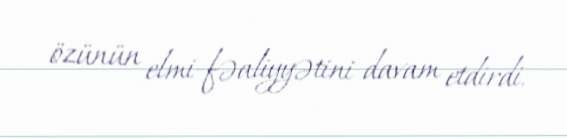
özünün elmi-fəaliyyətini davam etdirdi.